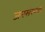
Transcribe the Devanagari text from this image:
जनसंख्याः